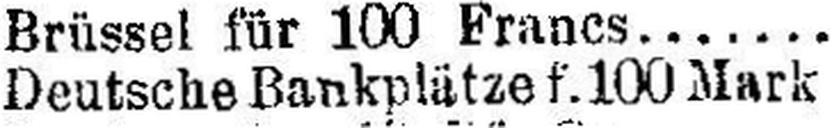
Deutsche Bankplätze f. 100 Mark